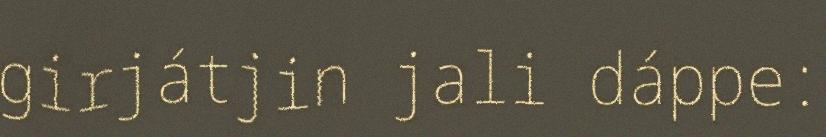
girjátjin jali dáppe: